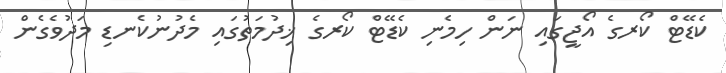
ކެޑޭޓް ކޯރގެ އޯޖީގައި ނަން ހިމެނި ކެޑޭޓް ކޯރގެ ޚިދުމަތުގައި މެދުނުކެނޑި މަދުވެގެން